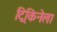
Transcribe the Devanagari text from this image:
ट्रिकिनेला